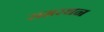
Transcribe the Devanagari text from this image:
समरथन